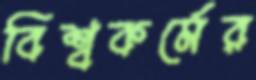
বিশ্বকর্মের